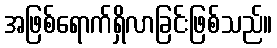
အဖြစ်ရောက်ရှိလာခြင်းဖြစ်သည်။